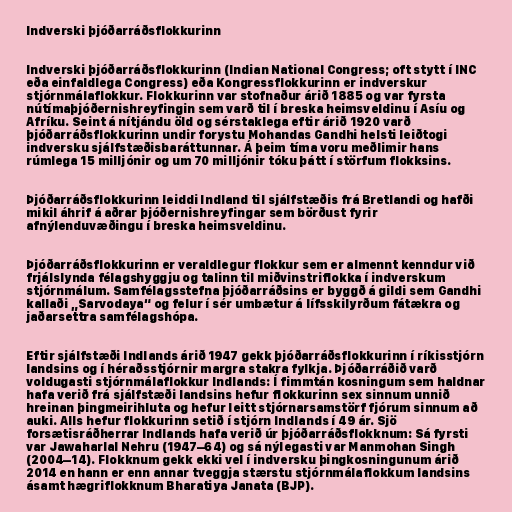
Indverski þjóðarráðsflokkurinn

Indverski þjóðarráðsflokkurinn (Indian National Congress; oft stytt í INC
eða einfaldlega Congress) eða Kongressflokkurinn er indverskur
stjórnmálaflokkur. Flokkurinn var stofnaður árið 1885 og var fyrsta
nútímaþjóðernishreyfingin sem varð til í breska heimsveldinu í Asíu og
Afríku. Seint á nítjándu öld og sérstaklega eftir árið 1920 varð
þjóðarráðsflokkurinn undir forystu Mohandas Gandhi helsti leiðtogi
indversku sjálfstæðisbaráttunnar. Á þeim tíma voru meðlimir hans
rúmlega 15 milljónir og um 70 milljónir tóku þátt í störfum flokksins.

Þjóðarráðsflokkurinn leiddi Indland til sjálfstæðis frá Bretlandi og hafði
mikil áhrif á aðrar þjóðernishreyfingar sem börðust fyrir
afnýlenduvæðingu í breska heimsveldinu.

Þjóðarráðsflokkurinn er veraldlegur flokkur sem er almennt kenndur við
frjálslynda félagshyggju og talinn til miðvinstriflokka í indverskum
stjórnmálum. Samfélagsstefna þjóðarráðsins er byggð á gildi sem Gandhi
kallaði „Sarvodaya“ og felur í sér umbætur á lífsskilyrðum fátækra og
jaðarsettra samfélagshópa.

Eftir sjálfstæði Indlands árið 1947 gekk þjóðarráðsflokkurinn í ríkisstjórn
landsins og í héraðsstjórnir margra stakra fylkja. Þjóðarráðið varð
voldugasti stjórnmálaflokkur Indlands: Í fimmtán kosningum sem haldnar
hafa verið frá sjálfstæði landsins hefur flokkurinn sex sinnum unnið
hreinan þingmeirihluta og hefur leitt stjórnarsamstörf fjórum sinnum að
auki. Alls hefur flokkurinn setið í stjórn Indlands í 49 ár. Sjö
forsætisráðherrar Indlands hafa verið úr þjóðarráðsflokknum: Sá fyrsti
var Jawaharlal Nehru (1947–64) og sá nýlegasti var Manmohan Singh
(2004–14). Flokknum gekk ekki vel í indversku þingkosningunum árið
2014 en hann er enn annar tveggja stærstu stjórnmálaflokkum landsins
ásamt hægriflokknum Bharatiya Janata (BJP).